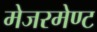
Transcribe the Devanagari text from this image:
मेजरमेण्ट